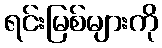
ရင်းမြစ်များကို